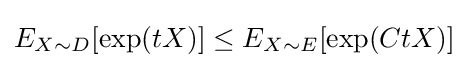
E_{X\sim D}[\exp(tX)]\leq E_{X\sim E}[\exp(CtX)]